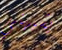
يشبهني